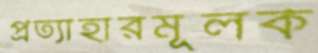
প্রত্যাহারমূলক